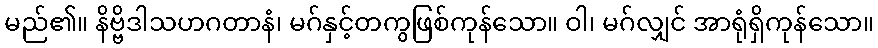
မည်၏။ နိဗ္ဗိဒါသဟဂတာနံ၊ မဂ်နှင့်တကွဖြစ်ကုန်သော။ ဝါ၊ မဂ်လျှင် အာရုံရှိကုန်သော။